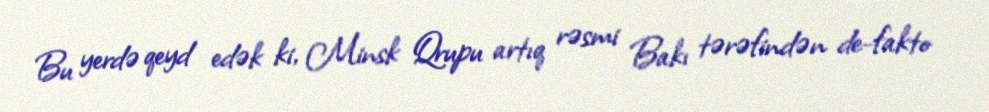
Bu yerdə qeyd edək ki, Minsk Qrupu artıq rəsmi Bakı tərəfindən de-fakto